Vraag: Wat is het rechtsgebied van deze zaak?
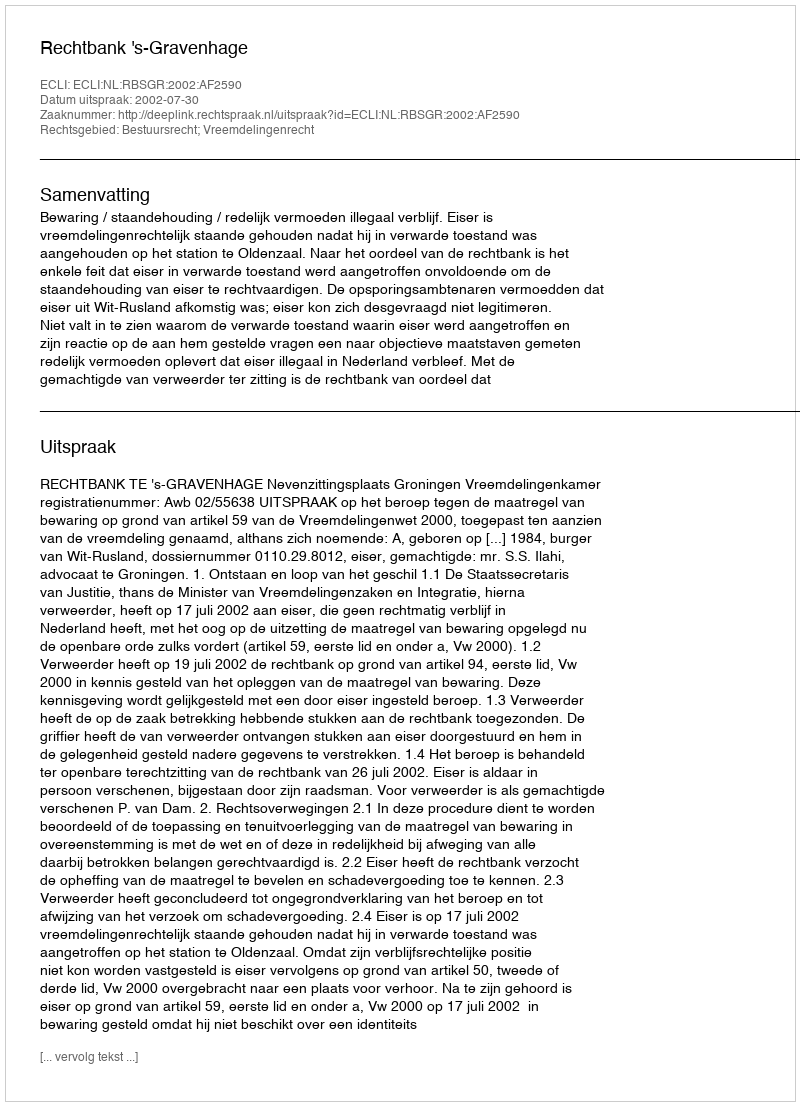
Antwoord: Bestuursrecht; Vreemdelingenrecht